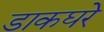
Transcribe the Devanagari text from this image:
डाकघरे